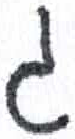
אות: ג